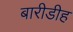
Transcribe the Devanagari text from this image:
बारीडीह